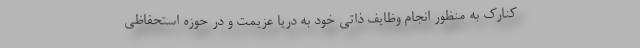
کنارک به منظور انجام وظایف ذاتی خود به دریا عزیمت و در حوزه استحفاظی